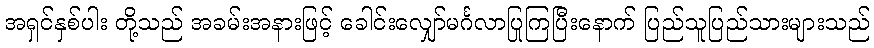
အရှင်နှစ်ပါး တို့သည် အခမ်းအနားဖြင့် ခေါင်းလျှော်မင်္ဂလာပြုကြပြီးနောက် ပြည်သူပြည်သားများသည်